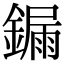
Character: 𨫒